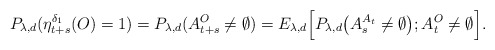
\begin{align*}P_{\lambda,d}(\eta_{t+s}^{\delta_1}(O)=1)=P_{\lambda,d}(A_{t+s}^O\neq \emptyset)=E_{\lambda,d}\Big[P_{\lambda,d}\big(A_s^{A_t}\neq \emptyset\big);A_t^O\neq \emptyset\Big].\end{align*}